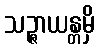
သဉ္ဇာယန္တမှိ